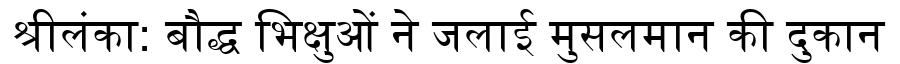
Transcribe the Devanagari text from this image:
श्रीलंका: बौद्ध भिक्षुओं ने जलाई मुसलमान की दुकान